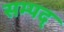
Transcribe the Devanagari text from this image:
सम्पद्